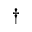
\dagger